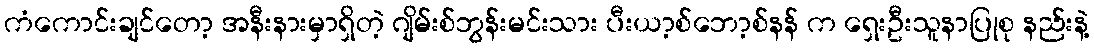
ကံကောင်းချင်တော့ အနီးနားမှာရှိတဲ့ ဂျိမ်းစ်ဘွန်းမင်းသား ပီးယာ့စ်ဘော့စ်နန် က ရှေးဦးသူနာပြုစု နည်းနဲ့